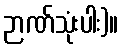
ဉာဏ်သုံးပါး)။